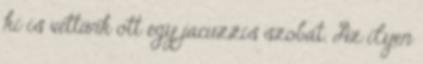
ki is vettünk ott egy jacuzzis szobát. Az ilyen